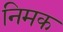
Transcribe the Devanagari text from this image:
निमक